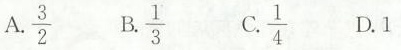
A\frac{3}{2} B\frac{1}{3} C\frac{1}{4} D.1